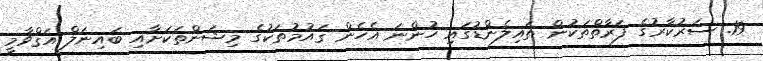
19. ސަރުކާރުގެ ފަރާތްތަކުން ތައިލެންޑުގައި ހުންނަ އެހެން ޤައުމުތަކުގެ މިޝަންތަކަށާއި ބައިނަލް އަޤްވާމީ